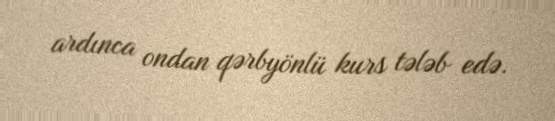
ardınca ondan qərbyönlü kurs tələb edə.